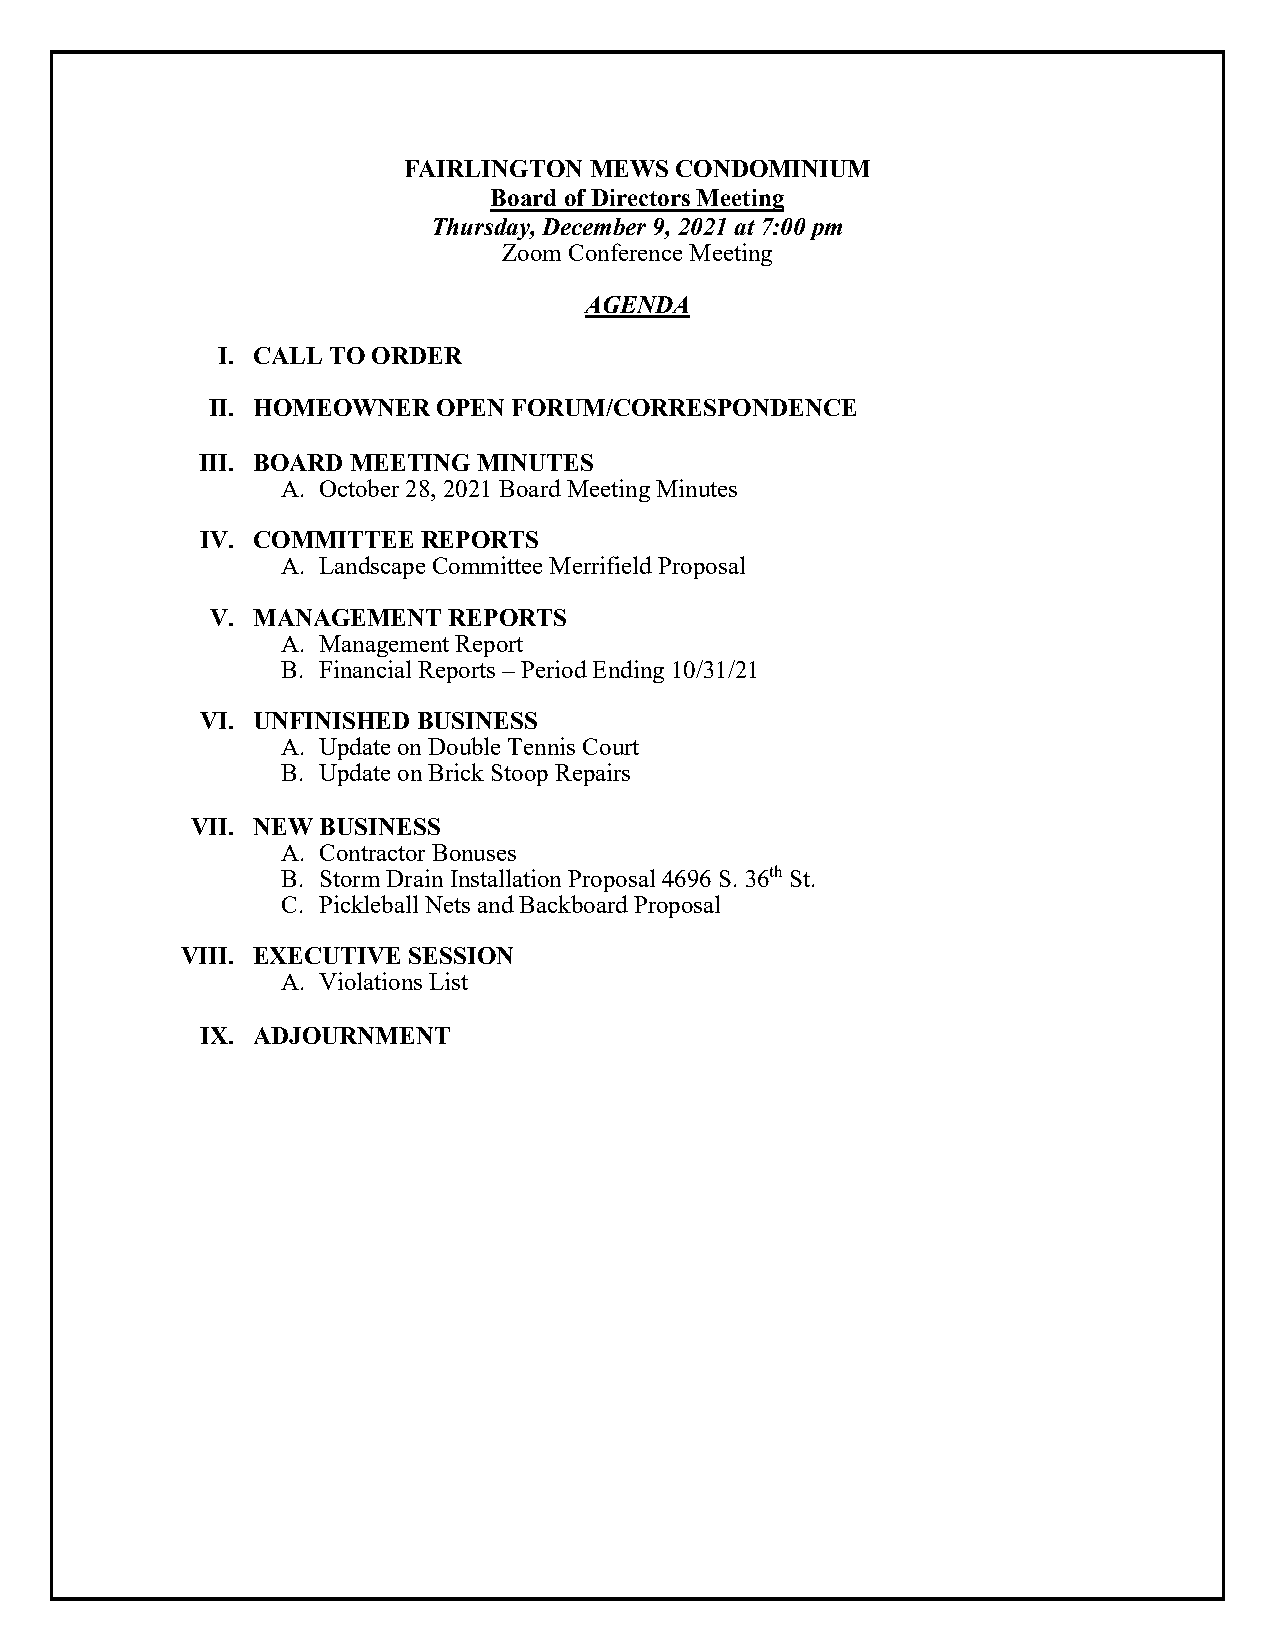
FAIRLINGTON MEWS  CONDOMINIUM
 Board of Directors Meeting
 Thursday, December 9, 2021 at 7:00 pm
 Zoom Conference Meeting
 AGENDA
 I. CALL TO ORDER
 II. HOMEOWNER  OPEN FORUM/CORRESPONDENCE
 III. BOARD MEETING MINUTES
 A. October 28, 2021 Board Meeting Minutes
 IV. COMMITTEE  REPORTS
 A. Landscape Committee Merrifield Proposal
 V. MANAGEMENT   REPORTS
 A. Management Report
 B. Financial Reports – Period Ending 10/31/21
 VI. UNFINISHED BUSINESS
 A. Update on Double Tennis Court
 B. Update on Brick Stoop Repairs
 VII. NEW BUSINESS
 A. Contractor Bonuses
 B. Storm Drain Installation Proposal 4696 S. 36th St.
 C. Pickleball Nets and Backboard Proposal
 VIII. EXECUTIVE SESSION
 A. Violations List
 IX. ADJOURNMENT